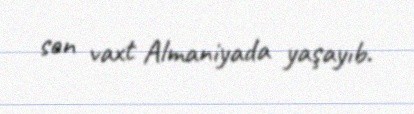
son vaxt Almaniyada yaşayıb.